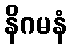
နိဂမနံ